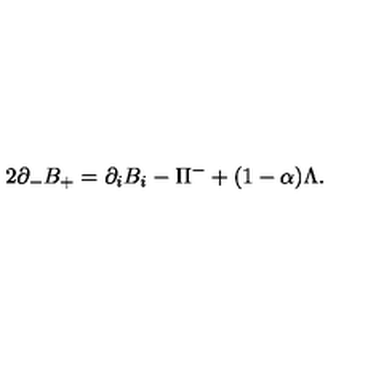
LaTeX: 2 \partial _ { - } B _ { + } = \partial _ { i } B _ { i } - \Pi ^ { - } + ( 1 - \alpha ) \Lambda .